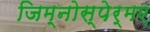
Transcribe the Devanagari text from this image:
जिम्नोस्पेर्मए